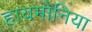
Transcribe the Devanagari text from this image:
हायमोनिया